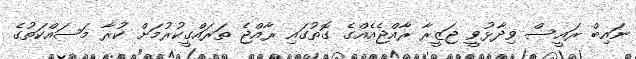
ނައިބް ރައީސް ވިދާޅުވީ ޖަޒީރާ ރާއްޖެއެއްގެ ގޮތުގައި ރާއްޖެ ތަރައްގީކުރުމަށް ކުރާ މަސައްކަތުގެ